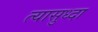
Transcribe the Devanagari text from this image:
त्यासुध्दा